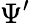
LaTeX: \Psi^{\prime}